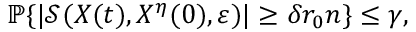
\begin{array} { r } { \mathbb { P } \{ | \mathcal { S } ( X ( t ) , X ^ { \eta } ( 0 ) , \varepsilon ) | \ge \delta r _ { 0 } n \} \le \gamma , } \end{array}